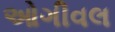
ઓગીવલ